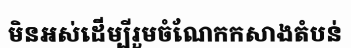
មិនអស់ដើម្បីរួមចំណែកកសាងតំបន់